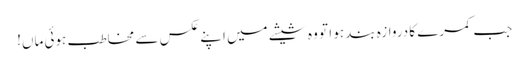
جب کمرے کا دروازہ بند ہو ا تو وہ شیشے میں اپنے عکس سے مخاطب ہوئی ماں!